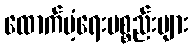
ထောက်ပံ့ရေးပစ္စည်းများ